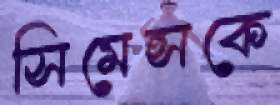
সিমেন্সকে